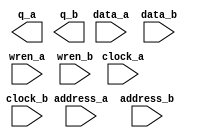
module RAM16_s36_s36_altera (
	address_a,
	address_b,
	clock_a,
	clock_b,
	data_a,
	data_b,
	wren_a,
	wren_b,
	q_a,
	q_b);
	input	[9:0]  address_a;
	input	[9:0]  address_b;
	input	  clock_a;
	input	  clock_b;
	input	[31:0]  data_a;
	input	[31:0]  data_b;
	input	  wren_a;
	input	  wren_b;
	output	[31:0]  q_a;
	output	[31:0]  q_b;
`ifndef ALTERA_RESERVED_QIS
// synopsys translate_off
`endif
	tri1	  clock_a;
	tri0	  wren_a;
	tri0	  wren_b;
`ifndef ALTERA_RESERVED_QIS
// synopsys translate_on
`endif
endmodule